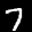
Digit: 7